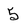
Character: 5